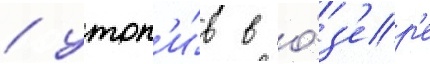
/ утоп'и́в в о́з'ер'е